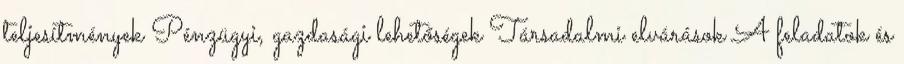
teljesítmények Pénzügyi, gazdasági lehetőségek Társadalmi elvárások A feladatok és